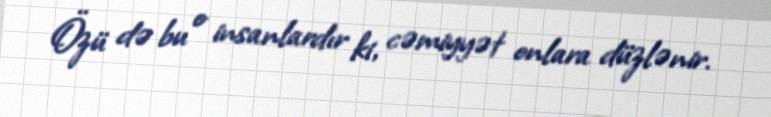
Özü də bu o insanlardır ki, cəmiyyət onlara düzlənir.